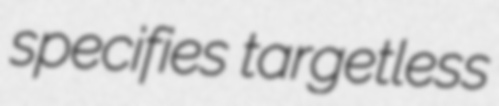
specifies targetless